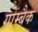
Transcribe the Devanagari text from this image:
गोम्बैक